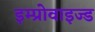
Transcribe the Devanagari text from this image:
इम्प्रोवाइज्ड